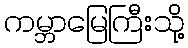
ကမ္ဘာမြေကြီးသို့